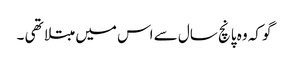
گو کہ وہ پانچ سال سے اس میں مبتلا تھی ۔